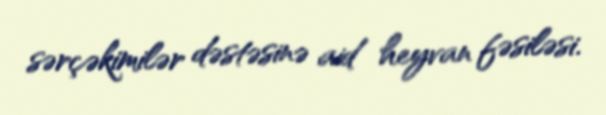
sərçəkimilər dəstəsinə aid heyvan fəsiləsi.